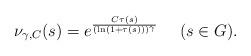
LaTeX: \begin{align*}\nu_{\gamma,C}(s)=e^\frac{C\tau(s)}{(\ln (1+\tau(s)))^\gamma} \ \ \ \ (s\in G).\end{align*}